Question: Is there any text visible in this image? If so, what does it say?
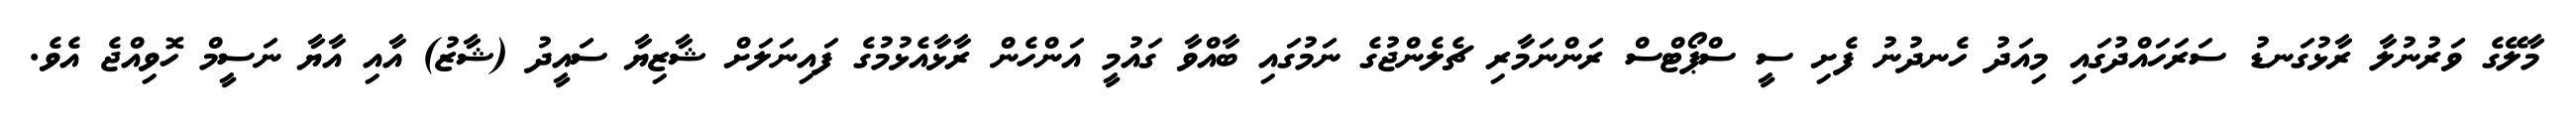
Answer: މާލޭގެ ވަރުނުލާ ރާޅުގަނޑު ސަރަހައްދުގައި މިއަދު ހެނދުނު ފެށި ސީ ސްޕޯޓްސް ރަންނަމާރި ޗެލެންޖުގެ ނަމުގައި ބާއްވާ ގައުމީ އަންހެން ރާޅާއެޅުމުގެ ފައިނަލަށް ޝާޒިޔާ ސައީދު (ޝާޒު) އާއި އާޔާ ނަސީމް ހޮވިއްޖެ އެވެ.